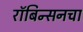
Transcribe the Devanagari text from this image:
रॉबिन्सनचा